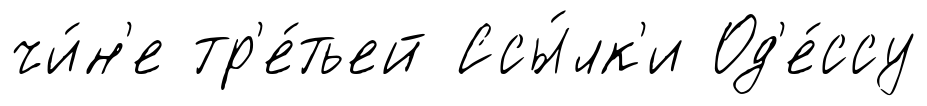
чи́н'е тр'е́тьей Ссы́лк'и Од'е́ссу